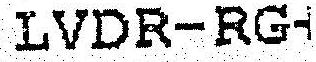
LVDR-RG-1